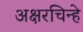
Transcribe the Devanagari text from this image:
अक्षरचिन्हे